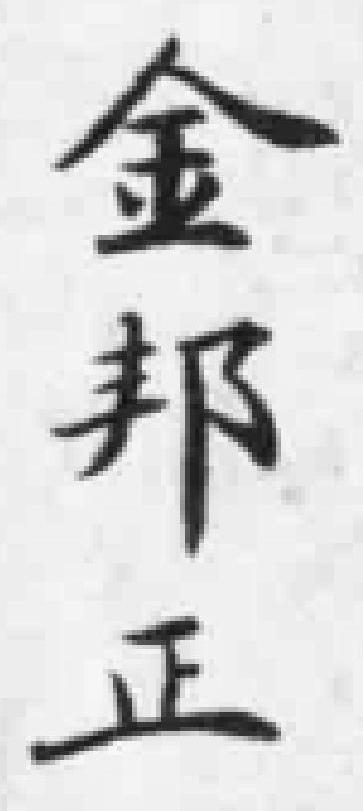
金邦正